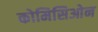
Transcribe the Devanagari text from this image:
कोमिसिओन